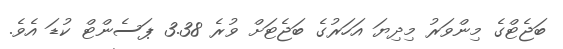
ބަޖެޓްގެ މިންވަރު މިދިޔަ އަހަރުގެ ބަޖެޓަށް ވުރެ 3.38 ޕަސެންޓް ކުޑަ އެވެ.